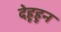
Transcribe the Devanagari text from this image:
देहूहून